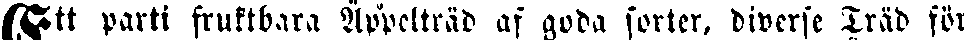
Ett parti fruktbara Äppelträd af goda sorter, diverse Träd för